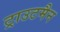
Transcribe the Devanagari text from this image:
ट्राउटमैन